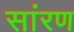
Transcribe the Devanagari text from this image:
सांरण